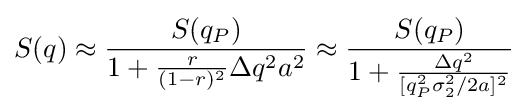
S(q)\approx {\frac {S(q_{P})}{1+{\frac {r}{(1-r)^{2}}}\Delta q^{2}a^{2}}}\approx {\frac {S(q_{P})}{1+{\frac {\Delta q^{2}}{[q_{P}^{2}\sigma _{2}^{2}/2a]^{2}}}}}